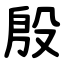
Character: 殷